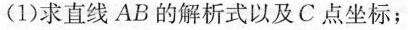
(1)求直线AB的解析式以及C点坐标；